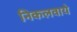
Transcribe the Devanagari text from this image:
निकलवाये